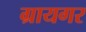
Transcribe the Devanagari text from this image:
ग्रायगर